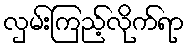
လှမ်းကြည့်လိုက်ရာ